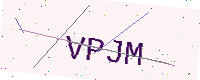
Text: VPJM